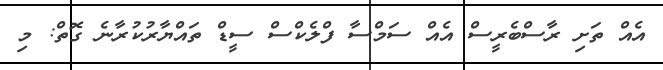
އެއް ތަށި ރާސްބެރީސް އެއް ސަމްސާ ފްލެކްސް ސީޑް ތައްޔާރުކުރާނެ ގޮތް: މި